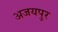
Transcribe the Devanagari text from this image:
अजयपुर